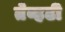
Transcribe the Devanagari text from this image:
तेव्हढी